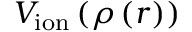
V _ { \mathrm { i o n } } \left( \rho \left( \boldsymbol { r } \right) \right)